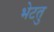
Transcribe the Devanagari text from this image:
भेटतु